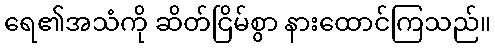
ရေ၏အသံကို ဆိတ်ငြိမ်စွာ နားထောင်ကြသည်။